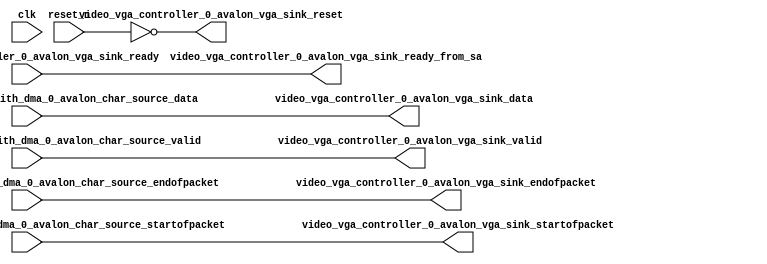
module video_vga_controller_0_avalon_vga_sink_arbitrator (
                                                            clk,
                                                            reset_n,
                                                            video_character_buffer_with_dma_0_avalon_char_source_data,
                                                            video_character_buffer_with_dma_0_avalon_char_source_endofpacket,
                                                            video_character_buffer_with_dma_0_avalon_char_source_startofpacket,
                                                            video_character_buffer_with_dma_0_avalon_char_source_valid,
                                                            video_vga_controller_0_avalon_vga_sink_ready,
                                                            video_vga_controller_0_avalon_vga_sink_data,
                                                            video_vga_controller_0_avalon_vga_sink_endofpacket,
                                                            video_vga_controller_0_avalon_vga_sink_ready_from_sa,
                                                            video_vga_controller_0_avalon_vga_sink_reset,
                                                            video_vga_controller_0_avalon_vga_sink_startofpacket,
                                                            video_vga_controller_0_avalon_vga_sink_valid
                                                         )
;
  output  [ 29: 0] video_vga_controller_0_avalon_vga_sink_data;
  output           video_vga_controller_0_avalon_vga_sink_endofpacket;
  output           video_vga_controller_0_avalon_vga_sink_ready_from_sa;
  output           video_vga_controller_0_avalon_vga_sink_reset;
  output           video_vga_controller_0_avalon_vga_sink_startofpacket;
  output           video_vga_controller_0_avalon_vga_sink_valid;
  input            clk;
  input            reset_n;
  input   [ 29: 0] video_character_buffer_with_dma_0_avalon_char_source_data;
  input            video_character_buffer_with_dma_0_avalon_char_source_endofpacket;
  input            video_character_buffer_with_dma_0_avalon_char_source_startofpacket;
  input            video_character_buffer_with_dma_0_avalon_char_source_valid;
  input            video_vga_controller_0_avalon_vga_sink_ready;
  wire    [ 29: 0] video_vga_controller_0_avalon_vga_sink_data;
  wire             video_vga_controller_0_avalon_vga_sink_endofpacket;
  wire             video_vga_controller_0_avalon_vga_sink_ready_from_sa;
  wire             video_vga_controller_0_avalon_vga_sink_reset;
  wire             video_vga_controller_0_avalon_vga_sink_startofpacket;
  wire             video_vga_controller_0_avalon_vga_sink_valid;
  assign video_vga_controller_0_avalon_vga_sink_data = video_character_buffer_with_dma_0_avalon_char_source_data;
  assign video_vga_controller_0_avalon_vga_sink_endofpacket = video_character_buffer_with_dma_0_avalon_char_source_endofpacket;
  assign video_vga_controller_0_avalon_vga_sink_ready_from_sa = video_vga_controller_0_avalon_vga_sink_ready;
  assign video_vga_controller_0_avalon_vga_sink_startofpacket = video_character_buffer_with_dma_0_avalon_char_source_startofpacket;
  assign video_vga_controller_0_avalon_vga_sink_valid = video_character_buffer_with_dma_0_avalon_char_source_valid;
  assign video_vga_controller_0_avalon_vga_sink_reset = ~reset_n;
endmodule